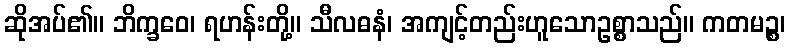
ဆိုအပ်၏။ ဘိက္ခဝေ၊ ရဟန်းတို့။ သီလဓနံ၊ အကျင့်တည်းဟူသောဥစ္စာသည်။ ကတမဉ္စ၊